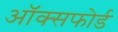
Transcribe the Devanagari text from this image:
अॉक्सफोर्ड